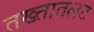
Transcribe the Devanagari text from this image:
तख्तातलट